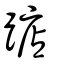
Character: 踮